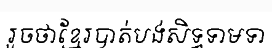
រួចថាខ្មែរបាត់បង់សិទ្ធទាមទា